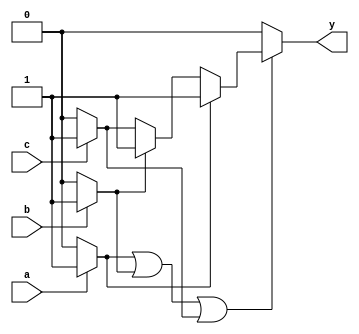
module multiple_drivers (
    input wire a,
    input wire b,
    input wire c,
    output wire y
);

// Declare the wire that will be driven by multiple sources
wire driver1_out;
wire driver2_out;
wire driver3_out;

// Driver 1: Drives y based on input 'a'
always @(*) begin
    if (a) begin
        driver1_out = 1'b1; // Driver 1 takes precedence
    end else begin
        driver1_out = 1'b0;
    end
end

// Driver 2: Drives y based on input 'b'
always @(*) begin
    if (b) begin
        driver2_out = 1'b1; // Driver 2 can also drive the signal
    end else begin
        driver2_out = 1'b0;
    end
end

// Driver 3: Drives y based on input 'c'
always @(*) begin
    if (c) begin
        driver3_out = 1'b1; // Driver 3 can also drive the signal
    end else begin
        driver3_out = 1'b0;
    end
end

// Continuous assignment with conflict resolution
assign y = (driver1_out || driver2_out || driver3_out) ? 
           (driver1_out ? 1'b1 : (driver2_out ? 1'b1 : driver3_out)) : 
           1'b0;

endmodule